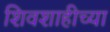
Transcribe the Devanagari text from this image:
शिवशाहीच्या